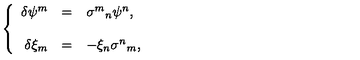
\left\{ \begin{array} { r c l } { \delta \psi ^ { m } } & { = } & { \sigma ^ { m } { } _ { n } \psi ^ { n } , } \\ { } & { } & { } \\ { \delta \xi _ { m } } & { = } & { - \xi _ { n } \sigma ^ { n } { } _ { m } , } \\ \end{array} \right.